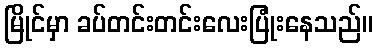
မြိုင်မှာ ခပ်တင်းတင်းလေးပြုံးနေသည်။